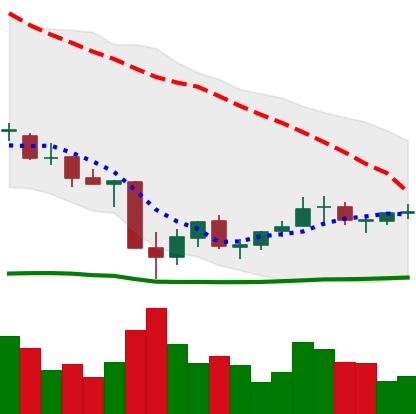
Ticker: EOS-USD
Chart end date: 2021-07-04
Forward return: 3.762%
Label: up_3_5